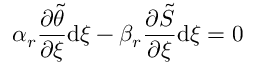
\alpha _ { r } \frac { \partial \tilde { \theta } } { \partial \xi } \mathrm { d } \xi - \beta _ { r } \frac { \partial \tilde { S } } { \partial \xi } \mathrm { d } \xi = 0